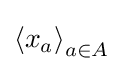
\left\langle x_{a}\right\rangle _{a\in A}